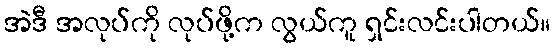
အဲဒီ အလုပ်ကို လုပ်ဖို့က လွယ်ကူ ရှင်းလင်းပါတယ်။